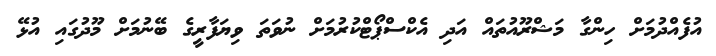
އުފެއްދުމަށް ހިންގާ މަޝްރޫއުތައް އަދި އެކްސްޕޯޓްކުރުމަށް ނުވަތަ ވިޔަފާރީގެ ބޭނުމަށް މޫދުގައި އުޅޭ